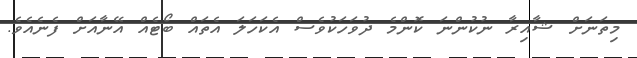
މިތަނަށް ޝާއިރާ ނުކުންނަ ކޮންމެ ދުވަހަކުވެސް އެކަހަލަ އެތައް ބޯޓެއް އޭނާއަށް ފެނެއެވެ.